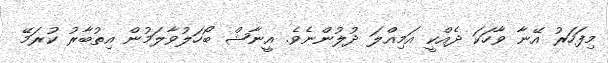
މިފަހަރު އޭނާ ވާހަކަ ދެއްކީ އަމިއްލަ ދުލުންނެވެ. އީނާޝް ބޯހަލުވާލަމުން އިތުބާރު ކުރަމޭ